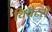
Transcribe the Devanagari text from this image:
थियेटरी